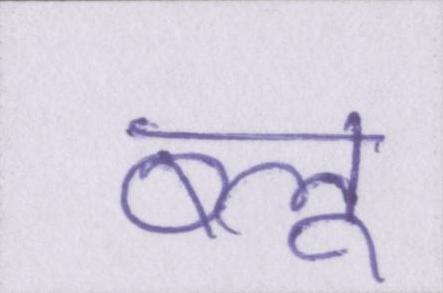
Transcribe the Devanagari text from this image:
ब्लू